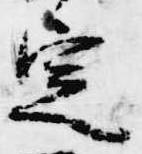
定